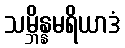
သမ္ဘိန္နမရိယာဒံ